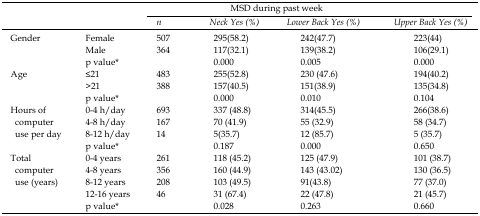
<table><thead><tr><td></td><td></td><td colspan="3"><b>MSD during past week</b></td><td></td></tr><tr><td></td><td></td><td><b>n</b></td><td><b>Neck Yes (%)</b></td><td><b>Lower Back Yes (%)</b></td><td><b>Upper Back Yes (%)</b></td></tr></thead><tbody><tr><td><b>Gender</b></td><td>FemaleMalep value*</td><td>507364</td><td>295(58.2)117(32.1)<b>0.000</b></td><td>242(47.7)139(38.2)<b>0.005</b></td><td>223(44)106(29.1)<b>0.000</b></td></tr><tr><td><b>Age</b></td><td>≤21&gt;21p value*</td><td>483388</td><td>255(52.8)157(40.5)<b>0.000</b></td><td>230 (47.6)151(38.9)<b>0.010</b></td><td>194(40.2)135(34.8)0.104</td></tr><tr><td><b>Hours of computer use per day</b></td><td>0-4 h/day4-8 h/day8-12 h/dayp value*</td><td>69316714</td><td>337 (48.8)70 (41.9)5(35.7)0.187</td><td>314(45.5)55 (32.9)12 (85.7)<b>0.000</b></td><td>266(38.6)58 (34.7)5 (35.7)0.650</td></tr><tr><td><b>Total computer use (years)</b></td><td>0-4 years4-8 years8-12 years12-16 yearsp value*</td><td>26135620846</td><td>118 (45.2)160 (44.9)103 (49.5)31 (67.4)<b>0.028</b></td><td>125 (47.9)143 (43.02)91(43.8)22 (47.8)0.263</td><td>101 (38.7)130 (36.5)77 (37.0)21 (45.7)0.660</td></tr></tbody></table>